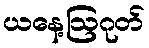
ယနေ့ဩဂုတ်